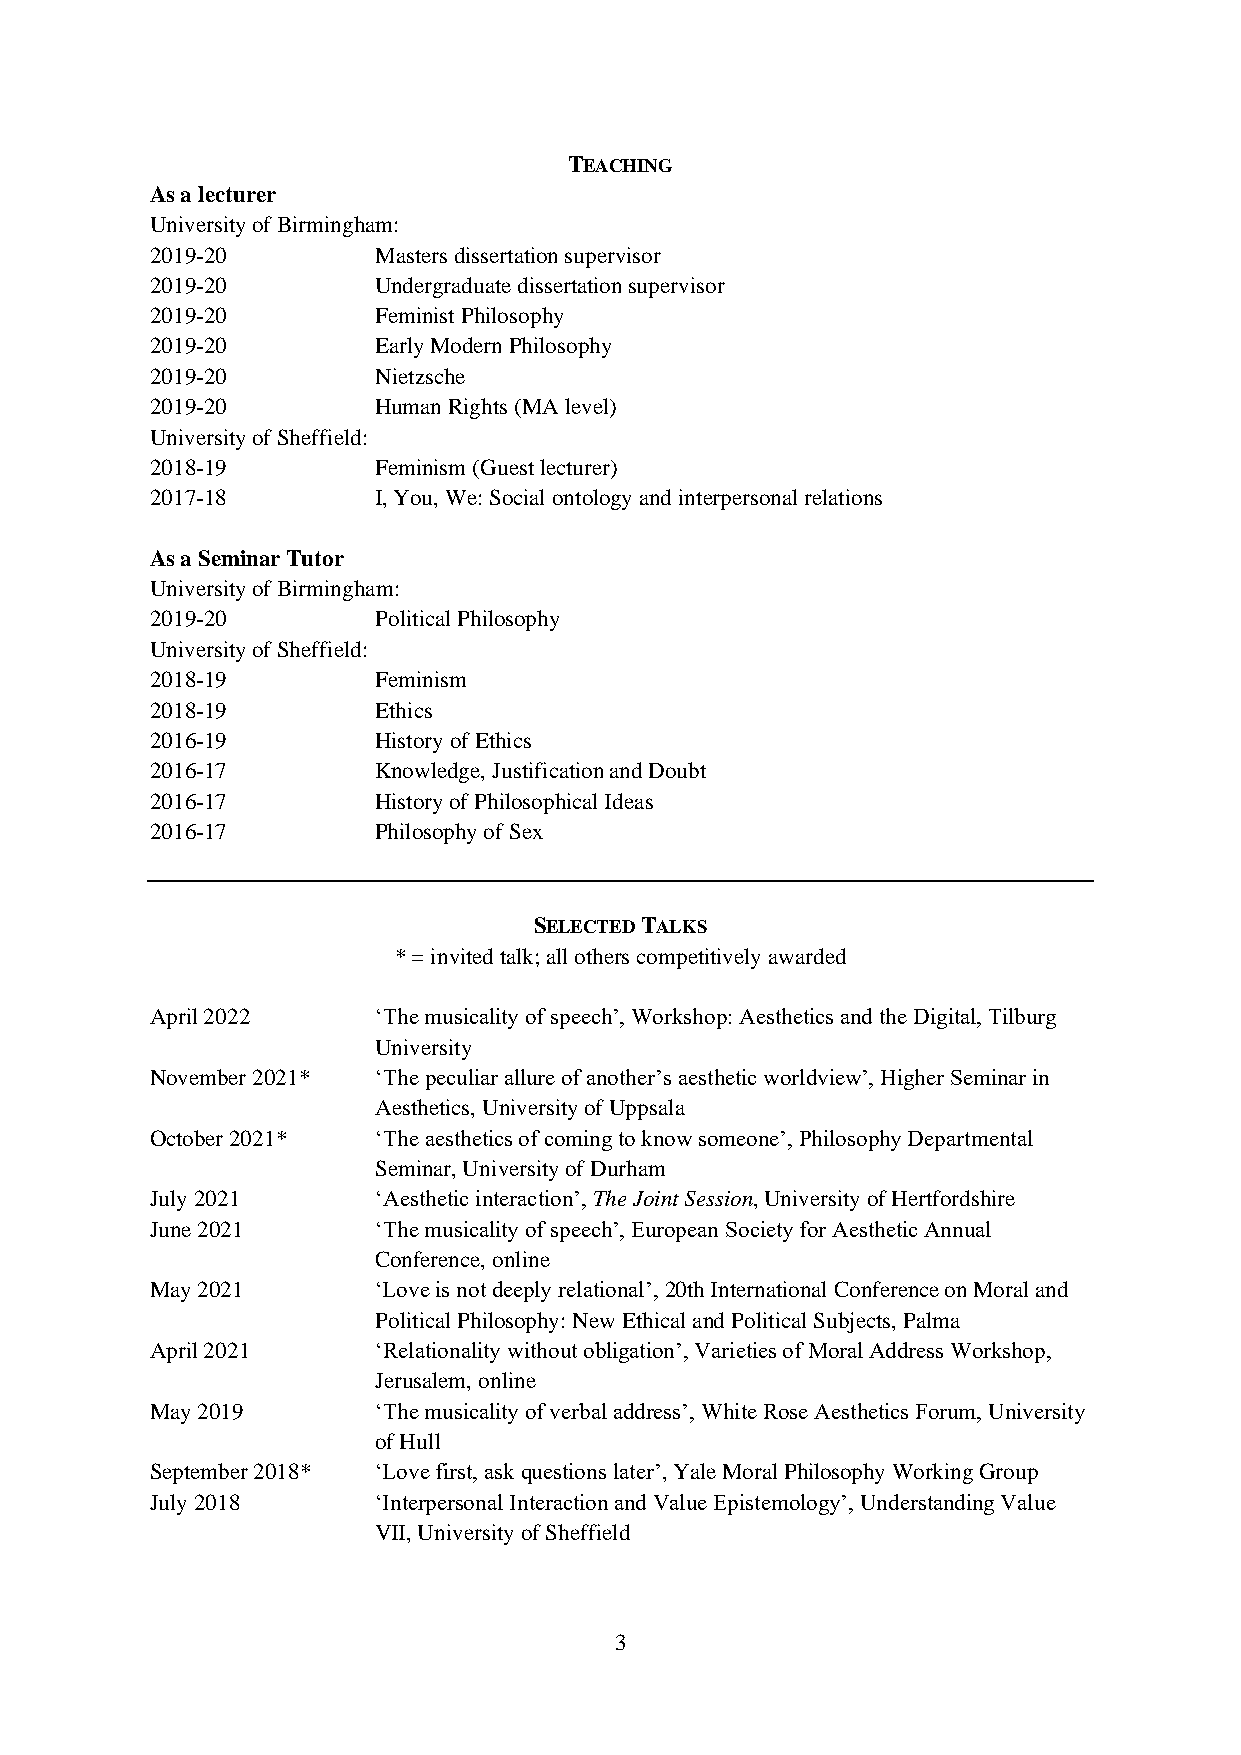
TEACHING
 As a lecturer
 University of Birmingham:
 2019-20        Masters dissertation supervisor
 2019-20        Undergraduate dissertation supervisor
 2019-20        Feminist Philosophy
 2019-20        Early Modern Philosophy
 2019-20        Nietzsche
 2019-20        Human Rights (MA level)
 University of Sheffield:
 2018-19        Feminism (Guest lecturer)
 2017-18        I, You, We: Social ontology and interpersonal relations
 As a Seminar Tutor
 University of Birmingham:
 2019-20        Political Philosophy
 University of Sheffield:
 2018-19        Feminism
 2018-19        Ethics
 2016-19        History of Ethics
 2016-17        Knowledge, Justification and Doubt
 2016-17        History of Philosophical Ideas
 2016-17        Philosophy of Sex
 SELECTED TALKS
 * = invited talk; all others competitively awarded
 April 2022     ‘The musicality of speech’, Workshop: Aesthetics and the Digital, Tilburg
 University
 November 2021* ‘The peculiar allure of another’s aesthetic worldview’, Higher Seminar in
 Aesthetics, University of Uppsala
 October 2021*  ‘The aesthetics of coming to know someone’, Philosophy Departmental
 Seminar, University of Durham
 July 2021      ‘Aesthetic interaction’, The Joint Session, University of Hertfordshire
 June 2021      ‘The musicality of speech’, European Society for Aesthetic Annual
 Conference, online
 May 2021       ‘Love is not deeply relational’, 20th International Conference on Moral and
 Political Philosophy: New Ethical and Political Subjects, Palma
 April 2021     ‘Relationality without obligation’, Varieties of Moral Address Workshop,
 Jerusalem, online
 May 2019       ‘The musicality of verbal address’, White Rose Aesthetics Forum, University
 of Hull
 September 2018* ‘Love first, ask questions later’, Yale Moral Philosophy Working Group
 July 2018      ‘Interpersonal Interaction and Value Epistemology’, Understanding Value
 VII, University of Sheffield
 3